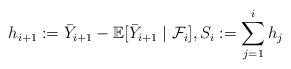
LaTeX: \begin{align*} h_{i+1}:= \bar Y_{i+1} - \mathbb E[\bar Y_{i+1} \mid \mathcal F_i], S_i:=\sum_{j = 1}^i h_j\end{align*}